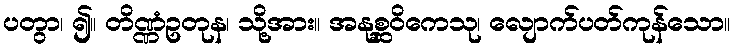
ပတွာ၊ ၍။ တိဏ္ဏံဥတုန၊ သို့အား။ အနုစ္ဆဝိကေသု၊ လျောက်ပတ်ကုန်သော။